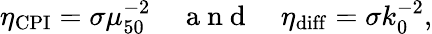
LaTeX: \eta_{\mathrm{CPI}}=\sigma\mu_{50}^{-2}\quad\mathrm{~a~n~d~}\quad\eta_{\mathrm{diff}}=\sigma k_{0}^{-2},